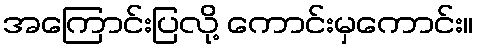
အကြောင်းပြလို့ ကောင်းမှကောင်း။